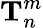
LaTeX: \mathbf{T}_{n}^{m}